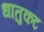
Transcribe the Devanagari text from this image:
धातुकट